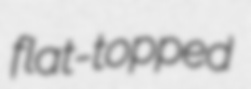
flat-topped